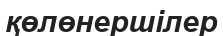
қөлөнершілер